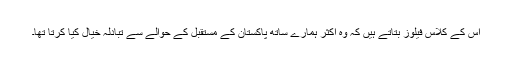
اس کے کلاس فیلوز بتاتے ہیں کہ وہ اکثر ہمارے ساتھ پاکستان کے مستقبل کے حوالے سے تبادلہ خیال کیا کرتا تھا۔